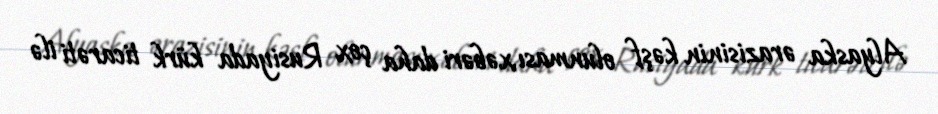
Alyaska ərazisinin kəşf olunması,xəbəri daha çox Rusiyada kürk ticarəti ilə